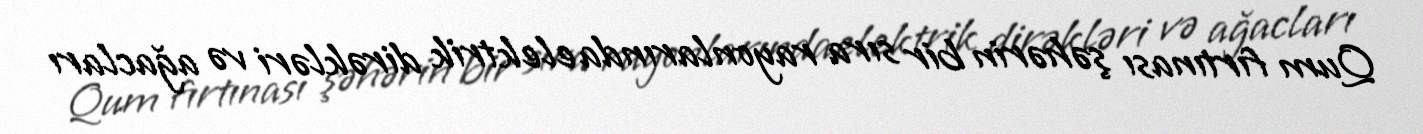
Qum fırtınası şəhərin bir sıra rayonlarında elektrik dirəkləri və ağacları